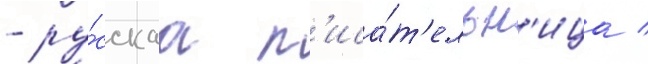
- ру́сскаа п'иса́т'ельн'ица /